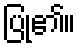
ပြု၏။